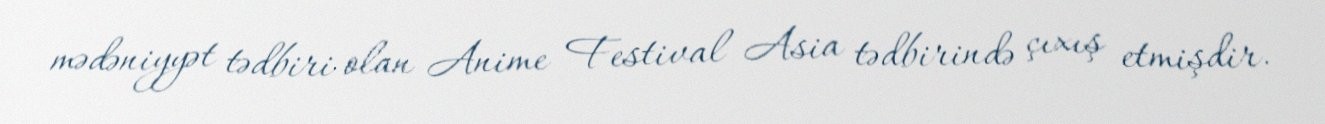
mədəniyyət tədbiri olan Anime Festival Asia tədbirində çıxış etmişdir.